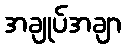
အချုပ်အချာ